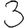
Digit: 3